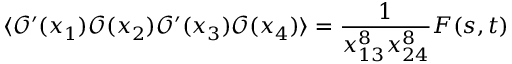
\langle { \mathcal O } ^ { \prime } ( x _ { 1 } ) { \mathcal O } ( x _ { 2 } ) { \mathcal O } ^ { \prime } ( x _ { 3 } ) { \mathcal O } ( x _ { 4 } ) \rangle = \frac { 1 } { x _ { 1 3 } ^ { 8 } x _ { 2 4 } ^ { 8 } } F ( s , t )